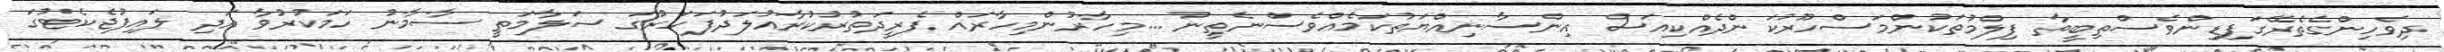
ދިވެހިންގެތެރޭގަފިޑިންވެސްތިބީތާ ފިލްމުތަކުންމަސްހޫރުކަންދެއްކިއަސް އިންސާނިއްޔަތުކަމެއްވެސްނެތީނު ...މިހާރުންމިހާރައް ފެރީދަތުރުކުރާއުލަދުފަހަރުގަ ސަލާމަތީ ސާމާނު ހަމަކުރުވާ އަދި ލައިފުޖެކެޓުގަ